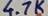
Text: 4.7K